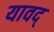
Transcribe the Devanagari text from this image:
यावद्